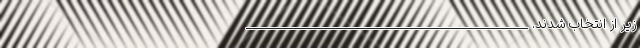
زیر از انتخاب شدند. _______________________________________________